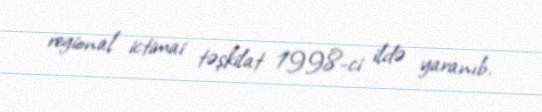
regional ictimai təşkilat 1998-ci ildə yaranıb.